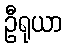
ဦရုယာ